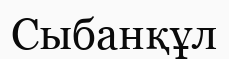
Сыбанқұл